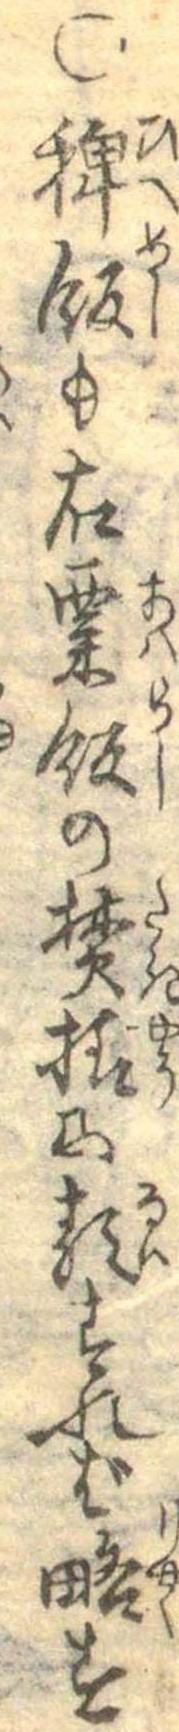
○稗飯も右粟飯の焚様に類すれば略す